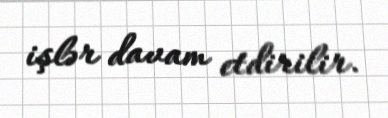
işlər davam etdirilir.